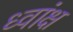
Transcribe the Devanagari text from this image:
ध्वांक्ष